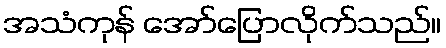
အသံကုန် အော်ပြောလိုက်သည်။